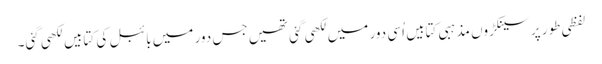
لفظی طور پر سینکڑوں مذہبی کتابیں اُسی دور میں لکھی گئی تھیں جس دور میں بائبل کی کتابیں لکھی گئی۔